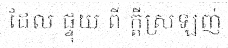
ដែល ផ្ទុយ ពី ក្តីស្រឡញ់